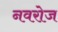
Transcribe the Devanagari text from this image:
नवरोज